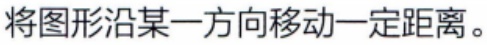
将图形沿某一方向移动一定距离。